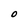
Character: O